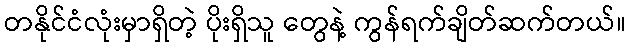
တနိုင်ငံလုံးမှာရှိတဲ့ ပိုးရှိသူ တွေနဲ့ ကွန်ရက်ချိတ်ဆက်တယ်။